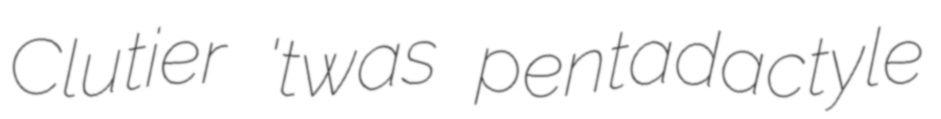
Clutier 'twas pentadactyle